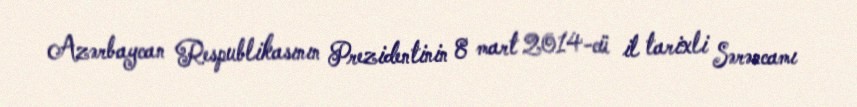
Azərbaycan Respublikasının Prezidentinin 8 mart 2014-cü il tarixli Sərəncamı